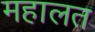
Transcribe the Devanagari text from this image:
महालत